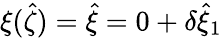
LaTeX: \xi(\hat{\zeta})=\hat{\xi}=0+\delta\hat{\xi}_{1}